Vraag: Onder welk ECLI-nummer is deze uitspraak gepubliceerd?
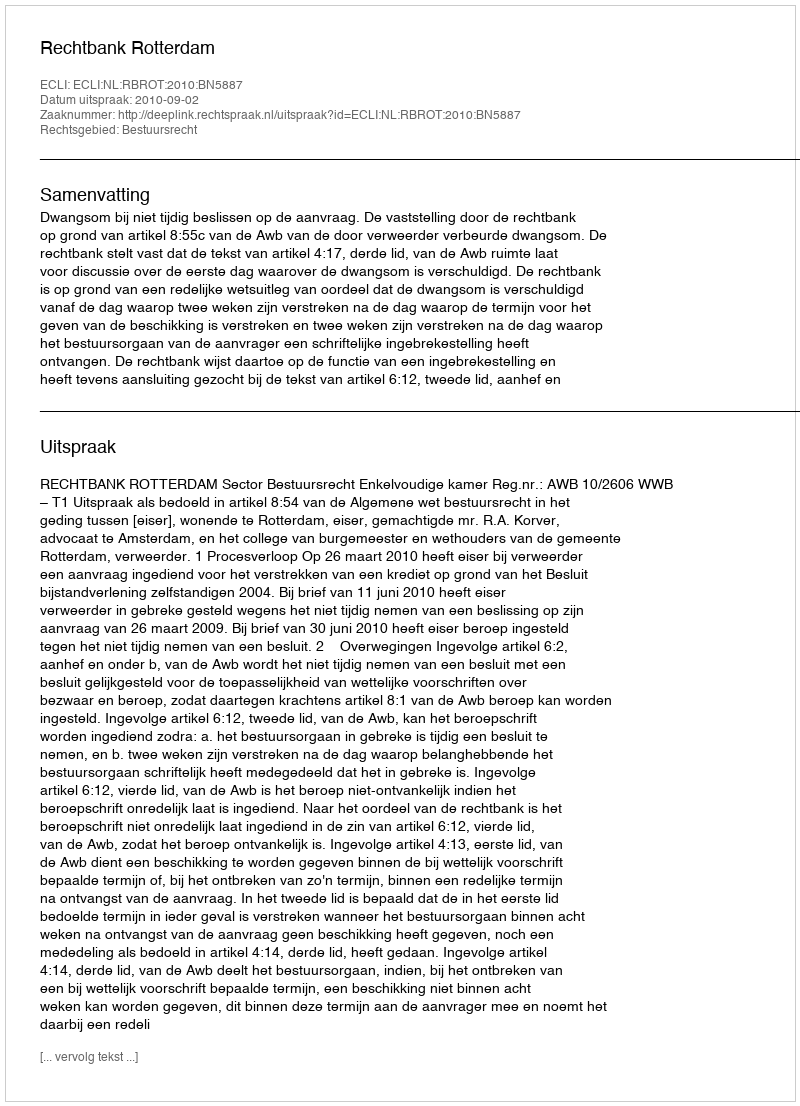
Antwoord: ECLI:NL:RBROT:2010:BN5887